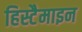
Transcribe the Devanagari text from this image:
हिस्टैमाइन